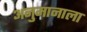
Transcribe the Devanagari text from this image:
अनुमानाला